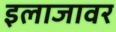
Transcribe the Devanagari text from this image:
इलाजावर